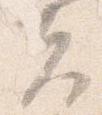
夫